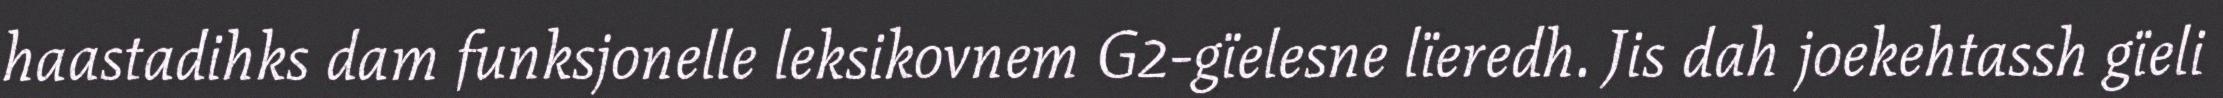
haastadihks dam funksjonelle leksikovnem G2-gïelesne lïeredh. Jis dah joekehtassh gïeli